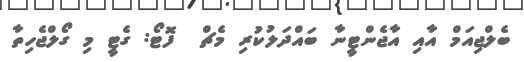
ބެލްޖިއަމް އާއި އާޖެންޓީނާ ބައްދަލުކުރި މެޗް  ފޮޓޯ: ގެޓީ މި ގޯލްޖެހިތާ